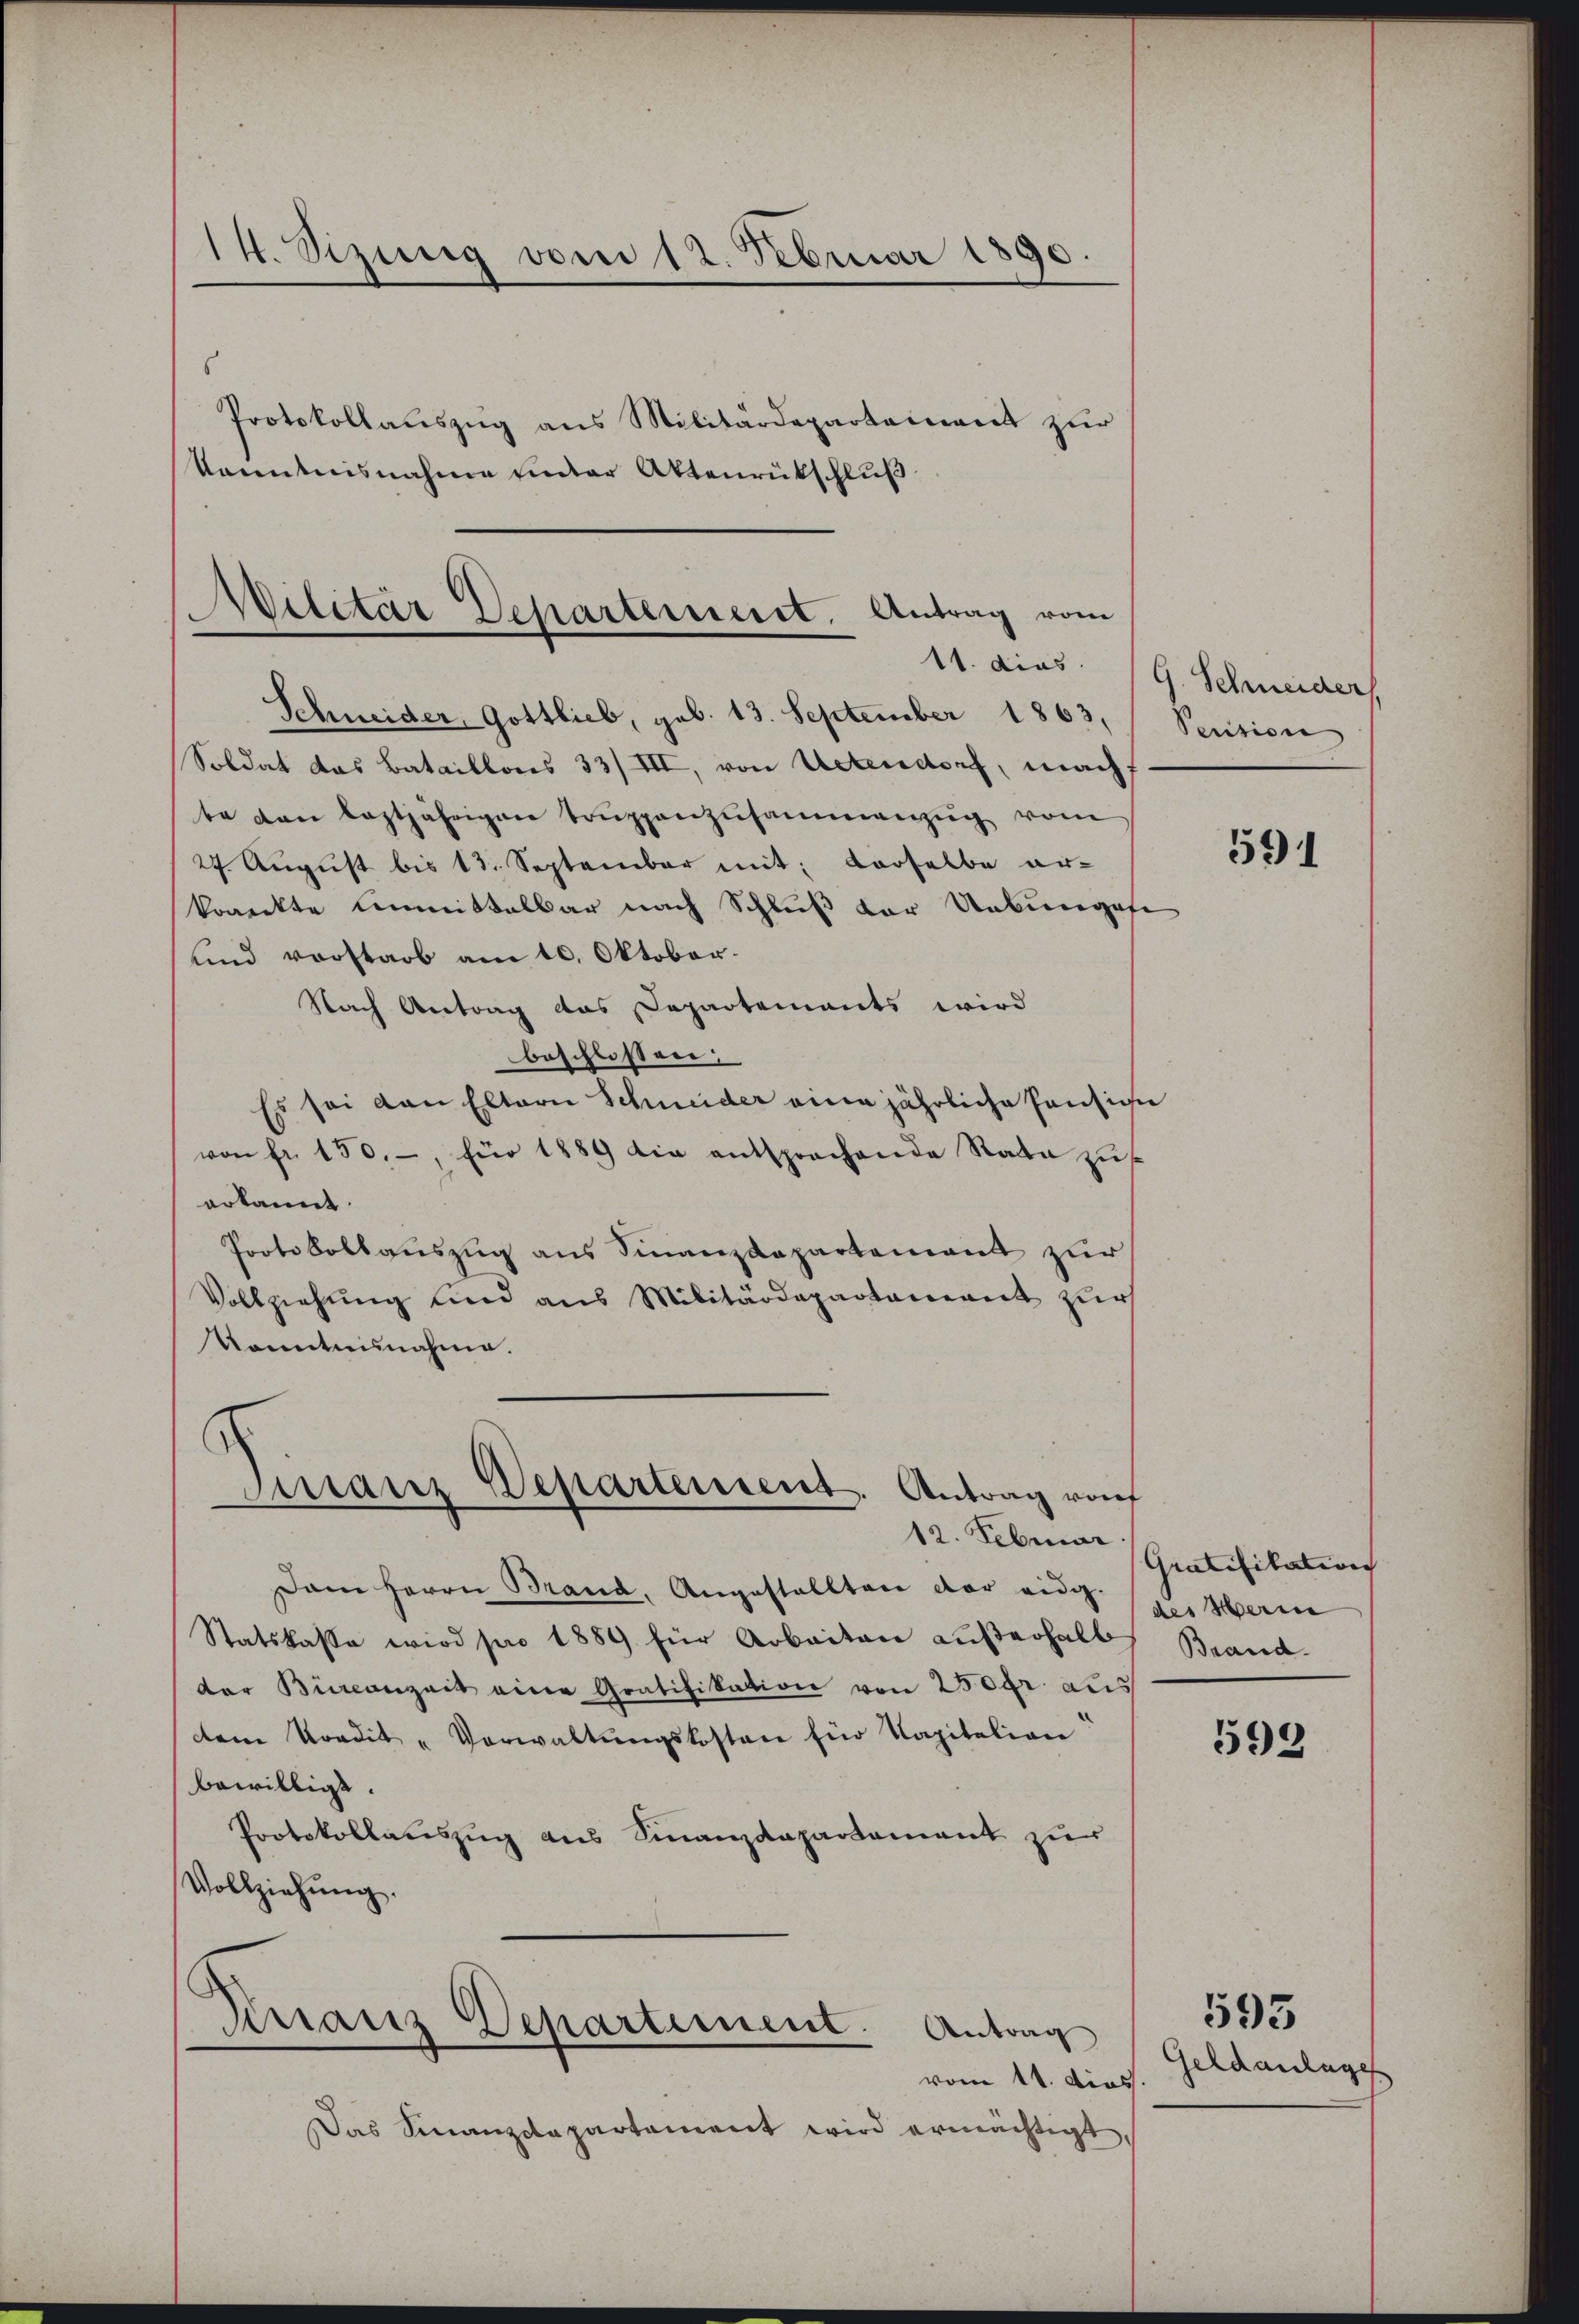
14. Sizung vom 12. Februar 1890
s
Protokollaŭszŭg ans Militärdeparteient zŭr
kanntnisnahme unter Aktenrückschluß

Soldat das Bataillons 33/III, von Actendorf, mach.
te von leztjährigen Trŭppenzusammenzug vom
27. August bis 13. September mit derselbe er-
kränkte Unmittelbar nach Schluß der Uebungese
und vorstarb am 10. Oktober.
Nach Antrag das Departements wird
beschlossen:
Es sei von Eltern Schmeider eine jährliche Hansiche
von fr. 150.- für 1889 die entsprochende Rade zus
erkannt.
Protokollauszug aus Finanzdepartement zur
Vollziehung und aus Militärdepartement zur
Konntnisnahme.

Wilitär Departement. Antrag vom
11. dies
Schneider, Gottlieb, geb. 13. September 1863.

s
Sirranz Departement. Antrag von
12. Februar

Dem Herrn Brand, Angestellten der eidg.
Statskasse wird pro 1889 für Arbeiten außerhalb
der Burcanzeit eine Gratifikation von 250 gr. aus
dem Kondit "Vorwaltŭngskosten für Kapitalion
bewilligt.
Protokollauszug aus Finanzdepartement zur
Vollziehŭng.

Granz Departement.
Antrag

vom 11. dies
Das Finanzdepartement wird ermächtigt,

G. Schneider
Pension

591

Gratifikation
des Herrn
Brand.

592

Geldanlage

593